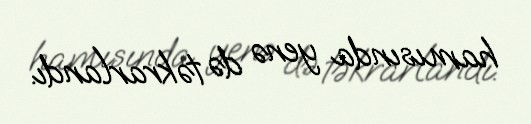
hamısında yenə də təkrarlandı.